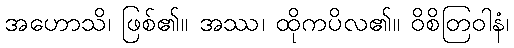
အဟောသိ၊ ဖြစ်၏။ အဿ၊ ထိုကပိလ၏။ ဝိစိတြဝါနံ၊